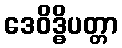
ဒေဝိဒ္ဓိပတ္တာ